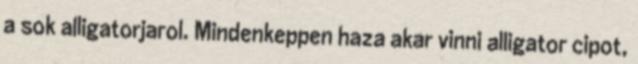
a sok alligatorjarol. Mindenkeppen haza akar vinni alligator cipot,